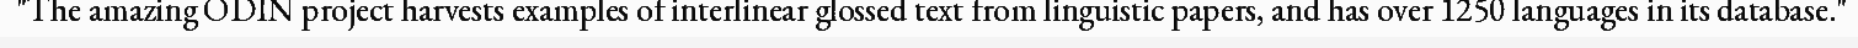
"The amazing ODIN project harvests examples of interlinear glossed text from linguistic papers, and has over 1250 languages in its database."